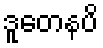
ဒူတေနပိ